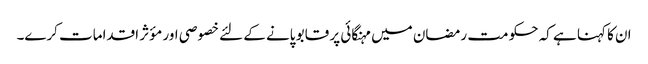
ان کا کہنا ہے کہ حکو مت رمضان میں مہنگائی پر قابو پانے کے لئے خصوصی اور مؤثر اقدامات کرے۔